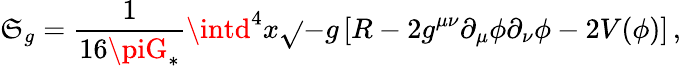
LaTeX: \mathfrak{S}_{g}=\frac{{1}}{{16\piG_{\ast}}}\intd^{4}x\sqrt{}{{-{g}}}\left[{R}-2{g}^{\mu\nu}\partial_{\mu}\phi\partial_{\nu}\phi-2{V}(\phi)\right]\, ,